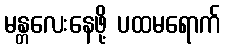
မန္တလေးနေဖို့ ပထမရောက်